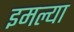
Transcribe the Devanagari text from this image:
इमल्या